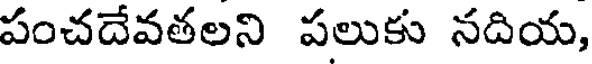
పంచదేవతలని పలుకు నదియ,